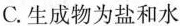
C.生成物为盐和水